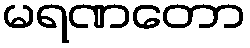
မရဏတော